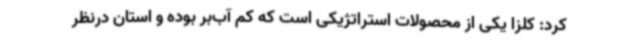
کرد: کلزا یکی از محصولات استراتژیکی است که کم آب‌بر بوده و استان درنظر